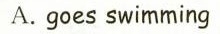
A.goes swimming.